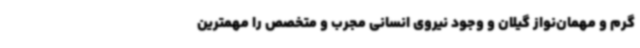
گرم و مهمان‌نواز گیلان و وجود نیروی انسانی مجرب و متخصص را مهمترین